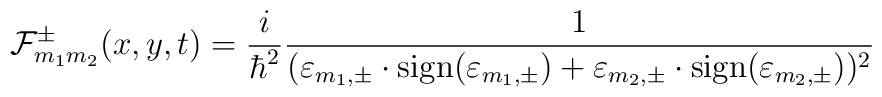
{\cal F}_{m_1m_2}^{\pm}(x,y,t) = \frac{i}{{\hbar}^2} \frac{1}{({\varepsilon}_{m_1,\pm} \cdot {\rm sign}({\varepsilon}_{m_1,\pm}) +{\varepsilon}_{m_2,\pm} \cdot {\rm sign}({\varepsilon}_{m_2,\pm}))^2}